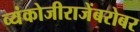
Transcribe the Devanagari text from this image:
व्यंकोजीराजेंबरोबर